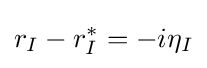
r_{I}-r_{I}^{*}=-i\eta _{I}